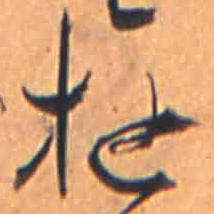
ゆ